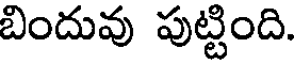
బిందువు పుట్టింది.